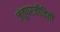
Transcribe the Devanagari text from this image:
जंतुपरजीवियों